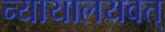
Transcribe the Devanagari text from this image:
न्यायालयवत्